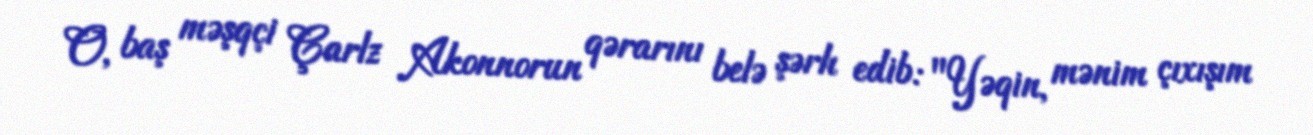
O, baş məşqçi Çarlz Akonnorun qərarını belə şərh edib: "Yəqin, mənim çıxışım